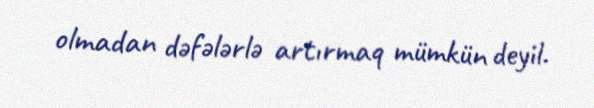
olmadan dəfələrlə artırmaq mümkün deyil.